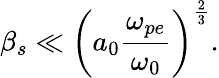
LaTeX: \beta_{s}\ll\left(a_{0}\frac{\omega_{pe}}{\omega_{0}}\right)^{\frac{2}{3}}.